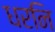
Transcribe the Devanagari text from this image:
धरनि